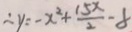
\therefore y = - x ^ { 2 } + \frac { 1 5 x } { 2 } - 8